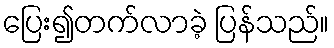
ပြေး၍တက်လာခဲ့ ပြန်သည်။